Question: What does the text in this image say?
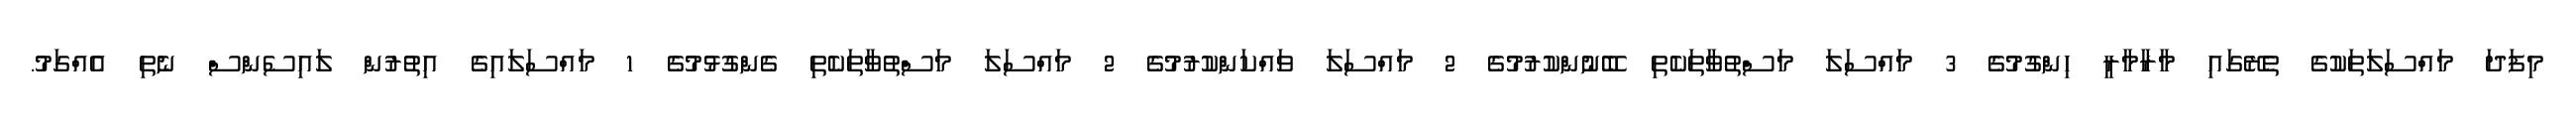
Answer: މިފަދަ މައްސަލަތަކުގެ ތެރޭގައި މާރާމާރީ ހިންގުމުގެ 3 މައްސަލަ މަސްތުވާތަކެތި ބޭނުންކުރުމުގެ 2 މައްސަލަ ވައްކަންކުރުމުގެ 2 މައްސަލަ މަސްތުވާތަކެތި ގެންގުޅުމުގެ 1 މައްސަލައިގެ އިތުރުން ލައިސެންސް ނެތި އެއްގަމު.